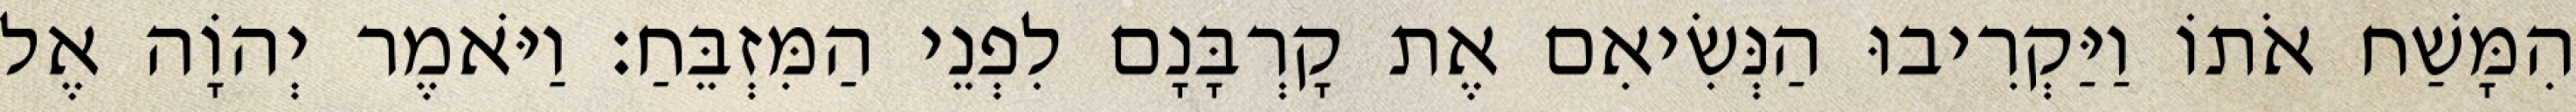
הִמָּשַׁח אֹתוֹ וַיַּקְרִיבוּ הַנְּשִׂיאִם אֶת קָרְבָּנָם לִפְנֵי הַמִּזְבֵּחַ׃ וַיֹּאמֶר יְהוָֹה אֶל